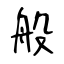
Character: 般